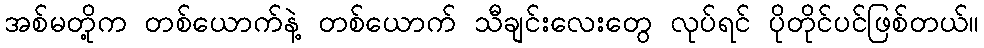
အစ်မတို့က တစ်ယောက်နဲ့ တစ်ယောက် သီချင်းလေးတွေ လုပ်ရင် ပိုတိုင်ပင်ဖြစ်တယ်။